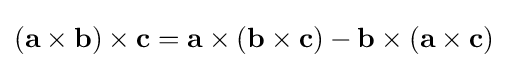
(\mathbf {a} \times \mathbf {b} )\times \mathbf {c} =\mathbf {a} \times (\mathbf {b} \times \mathbf {c} )-\mathbf {b} \times (\mathbf {a} \times \mathbf {c} )